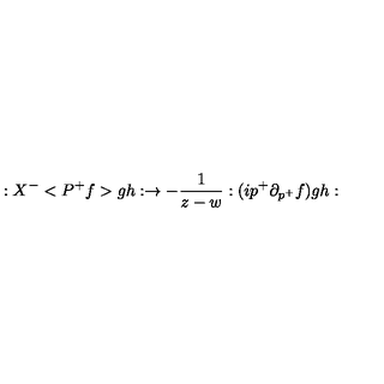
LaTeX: : X ^ { - } < P ^ { + } f > g h : \rightarrow - \frac 1 { z - w } : ( i p ^ { + } \partial _ { p ^ { + } } f ) g h :